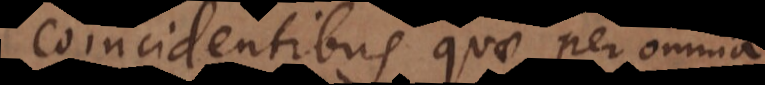
coincidentibus quae per omnia